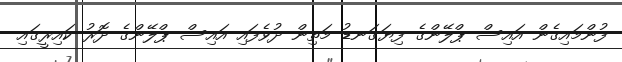
ފުންމައިގެން އައިސް ޕްލޭންގެ ފިޔަގަނޑު މަތިން ދުވެފައި އައިސް ޕްލޭންގެ ދޮރު ކައިރީގައި